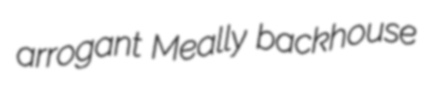
arrogant Meally backhouse